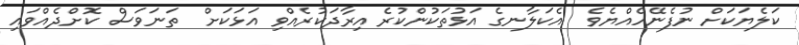
ކަލެޔަކަށް ނުފެނޭހެއްޔެވެ  އެކަލާނގެ އަޅުތަކުންކުރެ އިރާދަކުރެއްވި އަޅަކަށް  ތަނަވަސް ކޮށްދެއްވައި